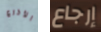
الأذرع إرجاع